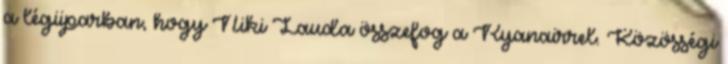
a légiiparban, hogy Niki Lauda összefog a Ryanairrel. Közösségi